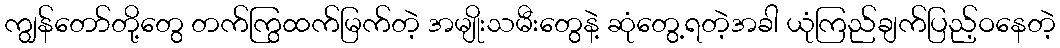
ကျွန်တော်တို့တွေ တက်ကြွထက်မြက်တဲ့ အမျိုးသမီးတွေနဲ့ ဆုံတွေ့ရတဲ့အခါ ယုံကြည်ချက်ပြည့်ဝနေတဲ့